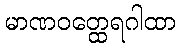
မာဏဝတ္ထေရဂါထာ